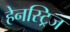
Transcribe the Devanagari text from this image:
हेनस्ट्रिज